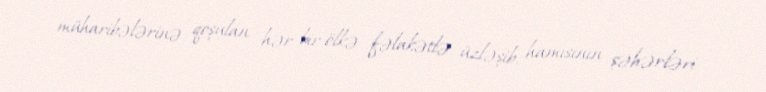
müharibələrinə qoşulan hər bir ölkə fəlakətlə üzləşib, hamısının şəhərləri